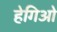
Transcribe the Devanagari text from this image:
हेगिओ